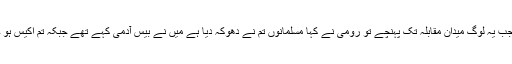
جب یہ لوگ میدان مقابلہ تک پہنچے تو رومی نے کہا مسلمانوں تم نے دھوکہ دیا ہے میں نے بیس آدمی کہے تھے جبکہ تم اکیس ہو ۔